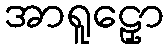
အာရူဠှော